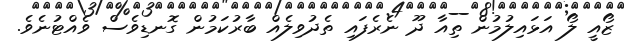
ޒޯއީ ލޯ އަޅައިލުމުން ތިއާ ދޫ ނެރެފައި ތެދުވިލެއް ބާރުކަމުން ގޮނޑިވެސް ވެއްޓުނެވެ.